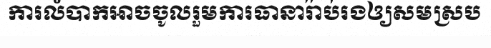
ការលំបាកអាចចូលរួមការធានារ៉ាប់រងឲ្យសមស្រប